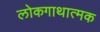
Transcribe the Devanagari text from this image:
लोकगाथात्मक